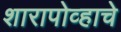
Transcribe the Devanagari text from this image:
शारापोव्हाचे